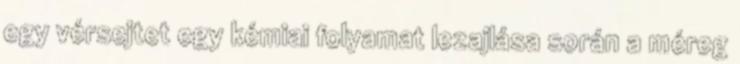
egy vérsejtet egy kémiai folyamat lezajlása során a méreg